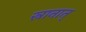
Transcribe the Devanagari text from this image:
स्नानात्